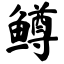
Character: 鳟